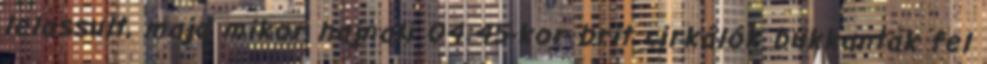
lelassult, majd mikor hajnali 04:45-kor brit cirkálók bukkantak fel